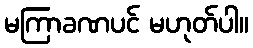
မကြာခဏပင် မဟုတ်ပါ။